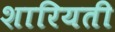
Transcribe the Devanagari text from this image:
शारियती